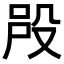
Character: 𣪉